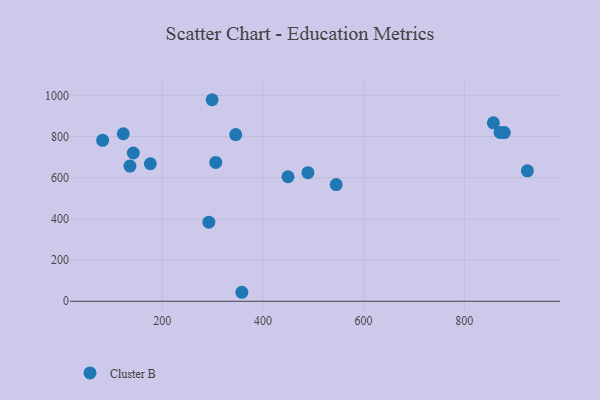
{"axis": {"x": "Engine Size", "y": "Exam Score"}, "legend": ["Cluster B"], "data": [{"x": "925.3", "y": 633.5, "type": "Cluster B"}, {"x": "176.5", "y": 667.7, "type": "Cluster B"}, {"x": "122.7", "y": 813.5, "type": "Cluster B"}, {"x": "306.4", "y": 674.0, "type": "Cluster B"}, {"x": "81.7", "y": 781.6, "type": "Cluster B"}, {"x": "857.7", "y": 866.5, "type": "Cluster B"}, {"x": "879.4", "y": 819.0, "type": "Cluster B"}, {"x": "358.2", "y": 43.6, "type": "Cluster B"}, {"x": "346.0", "y": 809.3, "type": "Cluster B"}, {"x": "545.6", "y": 566.5, "type": "Cluster B"}, {"x": "292.7", "y": 384.1, "type": "Cluster B"}, {"x": "142.7", "y": 719.9, "type": "Cluster B"}, {"x": "871.0", "y": 820.0, "type": "Cluster B"}, {"x": "489.4", "y": 624.5, "type": "Cluster B"}, {"x": "449.8", "y": 604.7, "type": "Cluster B"}, {"x": "135.9", "y": 656.3, "type": "Cluster B"}, {"x": "299.2", "y": 978.7, "type": "Cluster B"}]}